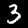
Label: 3